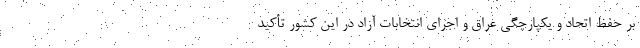
بر حفظ اتحاد و یکپارچگی عراق و اجرای انتخابات آزاد در این کشور تأکید